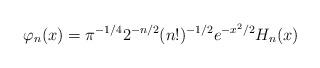
LaTeX: \begin{align*}\varphi_n(x)=\pi^{-1/4}2^{-n/2}(n!)^{-1/2}e^{-x^2/2}H_n(x)\end{align*}